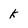
Character: k